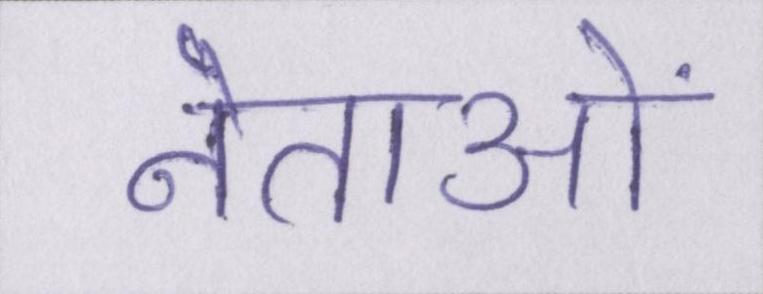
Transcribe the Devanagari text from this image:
नेताओं